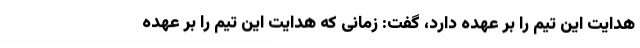
هدایت این تیم را بر عهده دارد، گفت: زمانی که هدایت این تیم را بر عهده